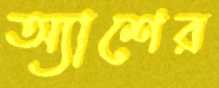
অ্যাশের